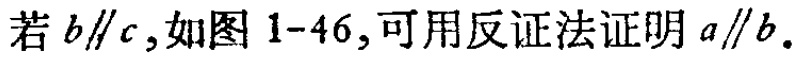
若\(b\parallel c\)，如图 \(1 - 46\)，可用反证法证明\(a\parallel b\)。